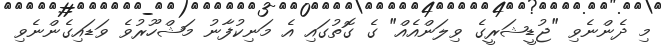
މި ދެންނެވި "ޖުޑީޝަރީގެ ވިލަންއެއް" ގެ ގޮތުގައި އެ މަނިކުފާނު މަޝްހޫރުވެ ވަޑައިގެންނެވި